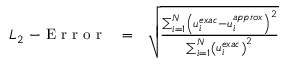
\begin{array} { r c l } { L _ { 2 } \mathrm { ~ - ~ E ~ r ~ r ~ o ~ r ~ } } & { = } & { \sqrt { \frac { \sum _ { i = 1 } ^ { N } \left( u _ { i } ^ { e x a c } - u _ { i } ^ { a p p r o x } \right) ^ { 2 } } { \sum _ { i = 1 } ^ { N } \left( u _ { i } ^ { e x a c } \right) ^ { 2 } } } } \end{array}